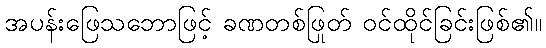
အပန်းဖြေသဘောဖြင့် ခဏတစ်ဖြုတ် ဝင်ထိုင်ခြင်းဖြစ်၏။